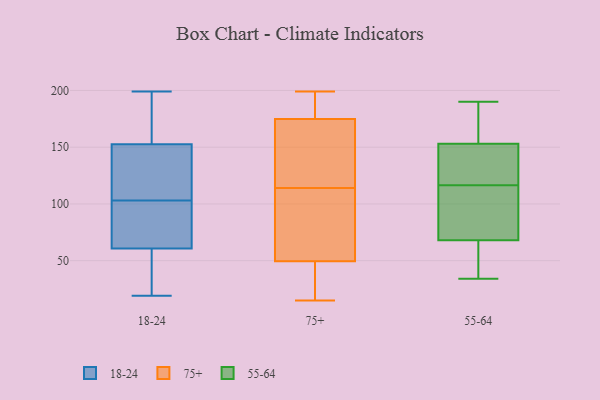
{"axis": {"x": "Revenue (USD Million)", "y": "Value"}, "legend": ["18-24", "55-64", "75+"], "data": [{"x": "", "y": 177, "type": "18-24"}, {"x": "", "y": 63, "type": "18-24"}, {"x": "", "y": 99, "type": "18-24"}, {"x": "", "y": 83, "type": "18-24"}, {"x": "", "y": 166, "type": "18-24"}, {"x": "", "y": 19, "type": "18-24"}, {"x": "", "y": 148, "type": "18-24"}, {"x": "", "y": 103, "type": "18-24"}, {"x": "", "y": 28, "type": "18-24"}, {"x": "", "y": 121, "type": "18-24"}, {"x": "", "y": 135, "type": "18-24"}, {"x": "", "y": 42, "type": "18-24"}, {"x": "", "y": 74, "type": "18-24"}, {"x": "", "y": 184, "type": "18-24"}, {"x": "", "y": 145, "type": "18-24"}, {"x": "", "y": 54, "type": "18-24"}, {"x": "", "y": 199, "type": "18-24"}, {"x": "", "y": 118, "type": "75+"}, {"x": "", "y": 117, "type": "75+"}, {"x": "", "y": 60, "type": "75+"}, {"x": "", "y": 165, "type": "75+"}, {"x": "", "y": 197, "type": "75+"}, {"x": "", "y": 121, "type": "75+"}, {"x": "", "y": 24, "type": "75+"}, {"x": "", "y": 46, "type": "75+"}, {"x": "", "y": 199, "type": "75+"}, {"x": "", "y": 178, "type": "75+"}, {"x": "", "y": 16, "type": "75+"}, {"x": "", "y": 197, "type": "75+"}, {"x": "", "y": 65, "type": "75+"}, {"x": "", "y": 62, "type": "75+"}, {"x": "", "y": 191, "type": "75+"}, {"x": "", "y": 114, "type": "75+"}, {"x": "", "y": 92, "type": "75+"}, {"x": "", "y": 15, "type": "75+"}, {"x": "", "y": 25, "type": "75+"}, {"x": "", "y": 149, "type": "55-64"}, {"x": "", "y": 125, "type": "55-64"}, {"x": "", "y": 56, "type": "55-64"}, {"x": "", "y": 78, "type": "55-64"}, {"x": "", "y": 85, "type": "55-64"}, {"x": "", "y": 190, "type": "55-64"}, {"x": "", "y": 138, "type": "55-64"}, {"x": "", "y": 108, "type": "55-64"}, {"x": "", "y": 58, "type": "55-64"}, {"x": "", "y": 178, "type": "55-64"}, {"x": "", "y": 34, "type": "55-64"}, {"x": "", "y": 157, "type": "55-64"}]}